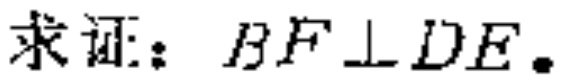
求证：\(BF\perp DE\)。